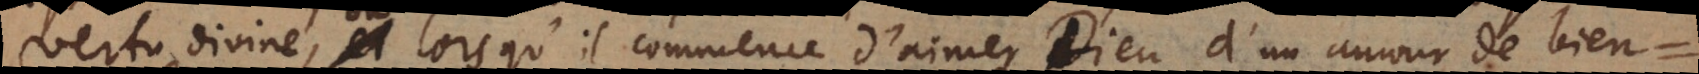
vertu divine, ou lorsqu’il commence d’aimer Dieu d’un amour de bienve